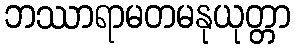
ဘဿာရာမတမနုယုတ္တာ